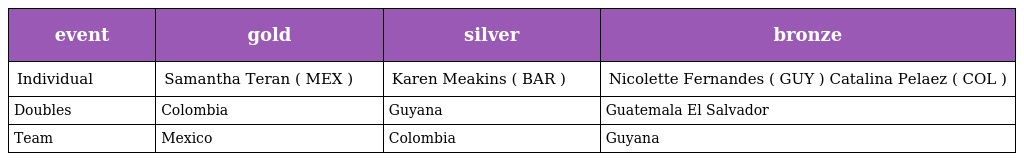
| event | gold | silver | bronze |
 | --- | --- | --- | --- |
 | Individual | Samantha Teran ( MEX ) | Karen Meakins ( BAR ) | Nicolette Fernandes ( GUY ) Catalina Pelaez ( COL ) |
 | Doubles | Colombia | Guyana | Guatemala El Salvador |
 | Team | Mexico | Colombia | Guyana |